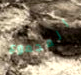
المجموع